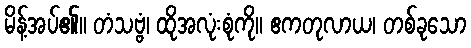
မိန့်အပ်၏။ တံသဗ္ဗံ၊ ထိုအလုံးစုံကို။ ဧကတုလာယ၊ တစ်ခုသော